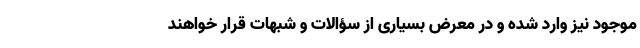
موجود نیز وارد شده و در معرض بسیاری از سؤالات و شبهات قرار خواهند